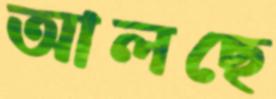
আলছে